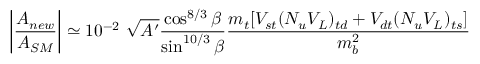
\bigg | { \frac { { \cal A } _ { n e w } } { { \cal A } _ { S M } } } \bigg | \simeq 1 0 ^ { - 2 } \ \sqrt { A ^ { \prime } } { \frac { \cos ^ { 8 / 3 } \beta } { \sin ^ { 1 0 / 3 } \beta } } { \frac { m _ { t } [ V _ { s t } ( N _ { u } V _ { L } ) _ { t d } + V _ { d t } ( N _ { u } V _ { L } ) _ { t s } ] } { m _ { b } ^ { 2 } } }